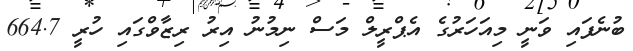
ބުނެފައި ވަނީ މިއަހަރުގެ އެޕްރީލް މަސް ނިމުނު އިރު ރިޒާވްގައި ހުރީ 664.7